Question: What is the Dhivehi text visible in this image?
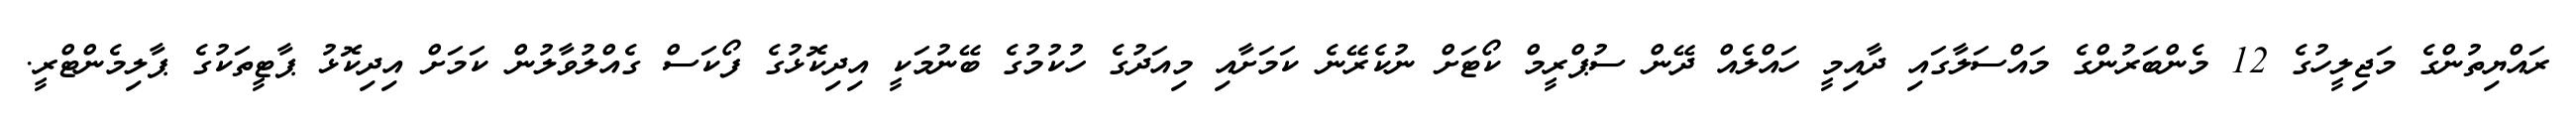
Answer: ރައްޔިތުންގެ މަޖިލީހުގެ 12 މެންބަރުންގެ މައްސަލާގައި ދާއިމީ ހައްލެއް ދޭން ސުޕްރީމް ކޯޓަށް ނުކެރޭނެ ކަމަށާއި މިއަދުގެ ހުކުމުގެ ބޭނުމަކީ އިދިކޮޅުގެ ފޯކަސް ގެއްލުވާލުން ކަމަށް އިދިކޮޅު ޕާޓީތަކުގެ ޕާލިމެންޓްރީ.